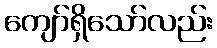
ကျော်ရှိသော်လည်း